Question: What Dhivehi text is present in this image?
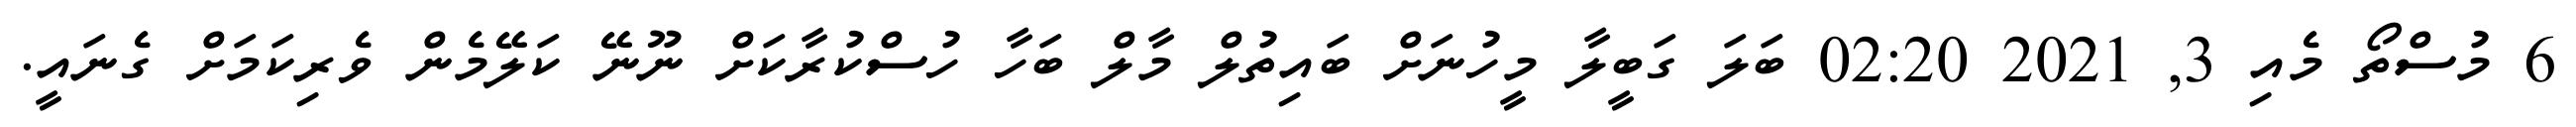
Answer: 6 މުސްތޯ މެއި 3, 2021 02:20 ބަލަ ގަބީލާ މީހުނަށް ބައިތުލް މާލް ބަހާ ހުސްކުރާކަށް ނޫނޭ ކަލޭމެން ވެރިކަމަށް ގެނައީ.